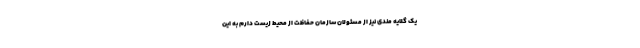
یک گلایه مندی نیز از مسئولان سازمان حفاظت از محیط زیست دارم به این